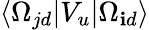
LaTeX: \langle\Omega_{jd}|V_{u}|\Omega_{\mathbf{i}d}\rangle